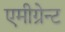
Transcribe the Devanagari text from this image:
एमीग्रेन्ट